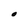
Character: O